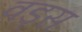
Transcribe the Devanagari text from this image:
वड्स